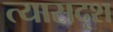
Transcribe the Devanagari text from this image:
त्यासदृश